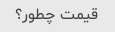
قیمت چطور؟